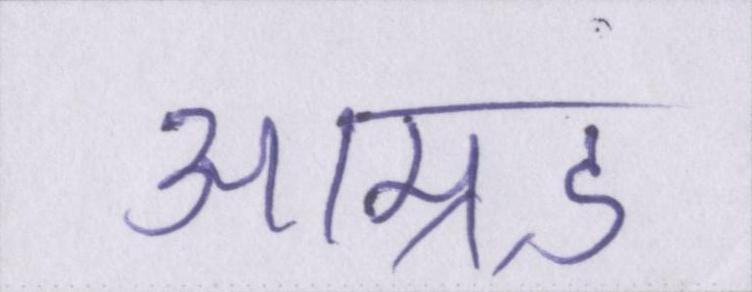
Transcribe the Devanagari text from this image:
आम्र्ड